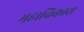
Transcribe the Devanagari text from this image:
महाविकास